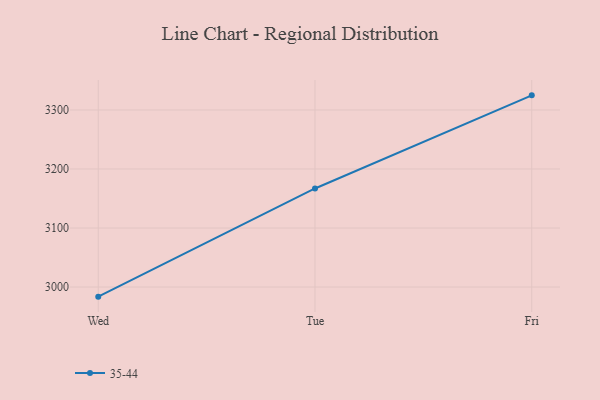
{"axis": {"x": "Day", "y": "Latency (ms)"}, "legend": ["35-44"], "data": [{"x": "Wed", "y": 2983.7, "type": "35-44"}, {"x": "Tue", "y": 3167.0, "type": "35-44"}, {"x": "Fri", "y": 3324.8, "type": "35-44"}]}